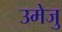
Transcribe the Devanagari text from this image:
उमेजु